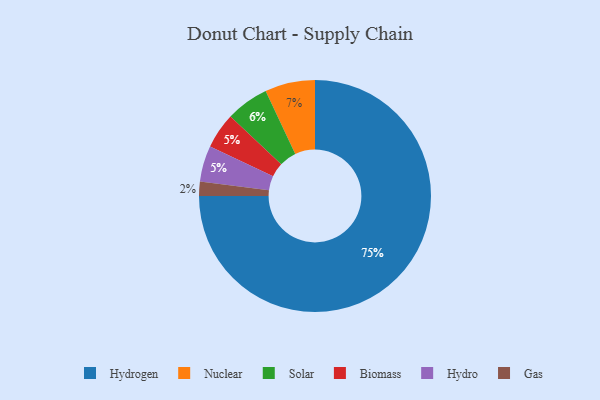
{"axis": {"x": "Category", "y": "Percentage"}, "legend": ["Biomass", "Gas", "Hydro", "Hydrogen", "Nuclear", "Solar"], "data": [{"x": "Solar", "y": 6, "type": "Solar"}, {"x": "Hydrogen", "y": 75, "type": "Hydrogen"}, {"x": "Biomass", "y": 5, "type": "Biomass"}, {"x": "Nuclear", "y": 7, "type": "Nuclear"}, {"x": "Hydro", "y": 5, "type": "Hydro"}, {"x": "Gas", "y": 2, "type": "Gas"}]}